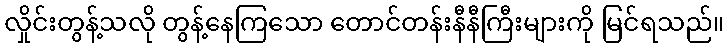
လှိုင်းတွန့်သလို တွန့်နေကြသော တောင်တန်းနီနီကြီးများကို မြင်ရသည်။